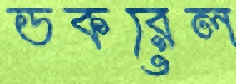
ডকরেল